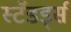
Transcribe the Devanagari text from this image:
स्टॅंडर्ड्स